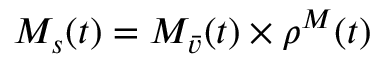
M _ { s } ( t ) = M _ { \bar { v } } ( t ) \times { \rho ^ { M } ( t ) }